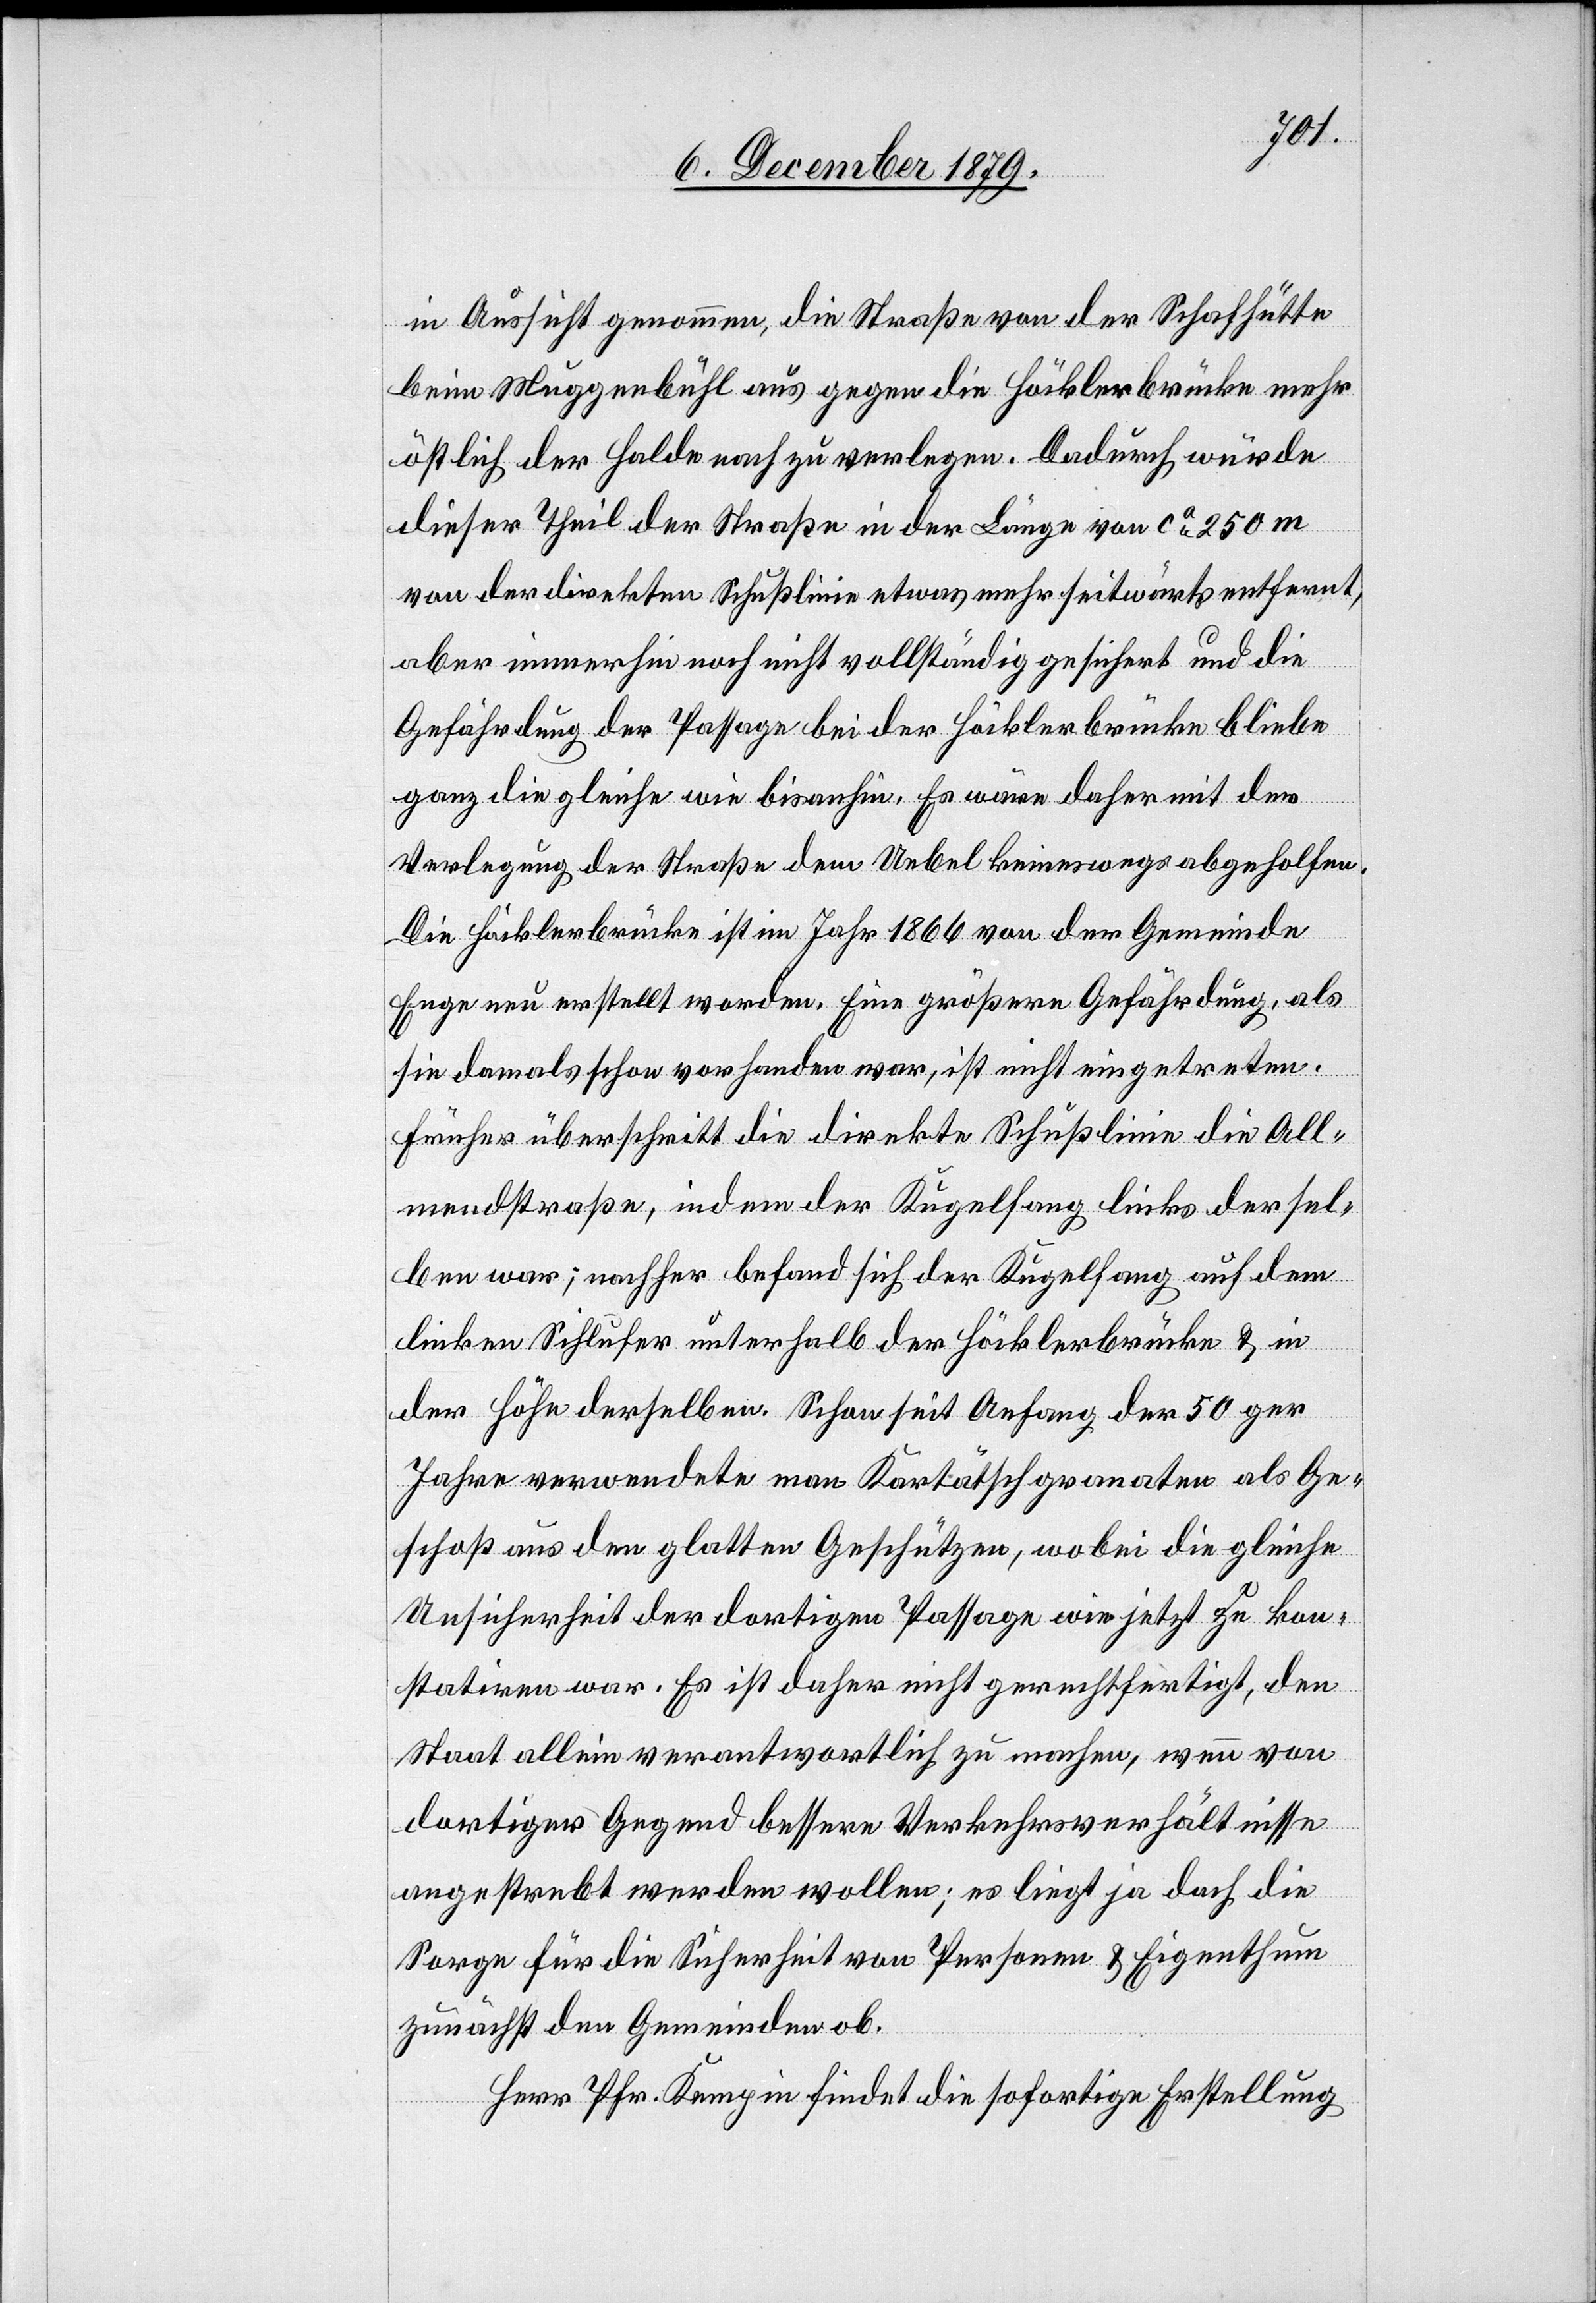
in Aussicht genommen, die Straße von der Schafhütte
beim Muggenbühl aus gegen die Höcklerbrücke mehr
östlich der Halde nach zu verlegen. Dadurch würde
dieser Theil der Straße in der Länge von ca 250 m
von der direkten Schußlinie etwas mehr seitwärts entfernt,
aber immerhin noch nicht vollständig gesichert und die
Gefährdung der Passage bei der Höcklerbrücke bliebe
ganz die gleiche wie bis anhin. Es wäre daher mit der
Verlegung der Straße dem Uebel keineswegs abgeholfen.
Die Höcklerbrücke ist im Jahr 1866 von der Gemeinde
Enge neu erstellt worden. Eine größere Gefährdung, als
sie damals schon vorhanden war, ist nicht eingetreten.
Früher überschritt die direkte Schußlinie die All¬
mendstraße, indem der Kugelfang links dersel¬
ben war; nachher befand sich der Kugelfang auf dem
linken Sihlufer unterhalb der Höcklerbrücke & in
der Höhe derselben. Schon seit Anfang der 50ger
Jahre verwendete man Kartätschgranaten als Ge¬
schoß aus den glatten Geschützen, wobei die gleiche
Unsicherheit der dortigen Passage wie jetzt zu kon¬
statiren war. Es ist daher nicht gerechtfertigt, den
Staat allein verantwortlich zu machen, wenn von
dortiger Gegend bessere Verkehrsverhältnisse
angestrebt werden wollen; es liegt ja doch die
Sorge für die Sicherheit von Personen & Eigenthum
zunächst den Gemeinden ob.
Herr Pfr. Kempin findet die sofortige Erstellung